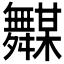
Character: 𱼵